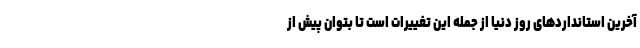
آخرین استانداردهای روز دنیا از جمله این تغییرات است تا بتوان پیش از